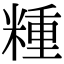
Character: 𥻝